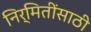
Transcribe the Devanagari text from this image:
निर्मितींसाठी